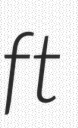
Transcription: ft